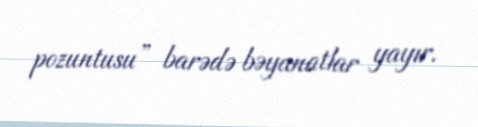
pozuntusu” barədə bəyanatlar yayır.